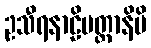
ဥသီရနာဠိမတ္တာနိပိ